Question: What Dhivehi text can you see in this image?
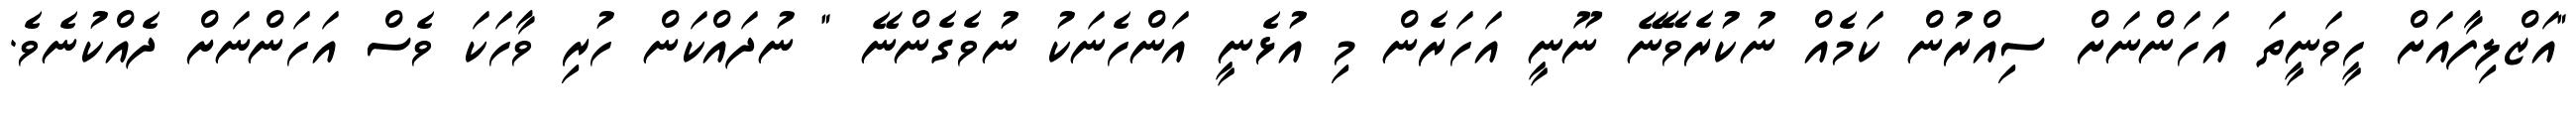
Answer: "އަޒްލިފާއަށް ހީވަނީތަ އަހަންނަށް ސިއްރުން ކަމެއް ނުކުރެވޭނޭ ނޫނީ އަހަރެން މި އުޅެނީ އަންހެނަކު ނުވެގެންނޭ " ނުދައްކަން ހުރި ވާހަކަ ވެސް އަހަންނަށް ދެއްކުނެވެ.